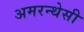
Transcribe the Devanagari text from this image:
अमरन्थेसी